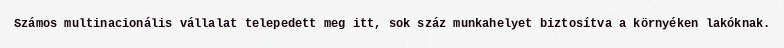
Számos multinacionális vállalat telepedett meg itt, sok száz munkahelyet biztosítva a környéken lakóknak.